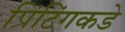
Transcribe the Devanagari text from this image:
प्रिंटिंगकडे